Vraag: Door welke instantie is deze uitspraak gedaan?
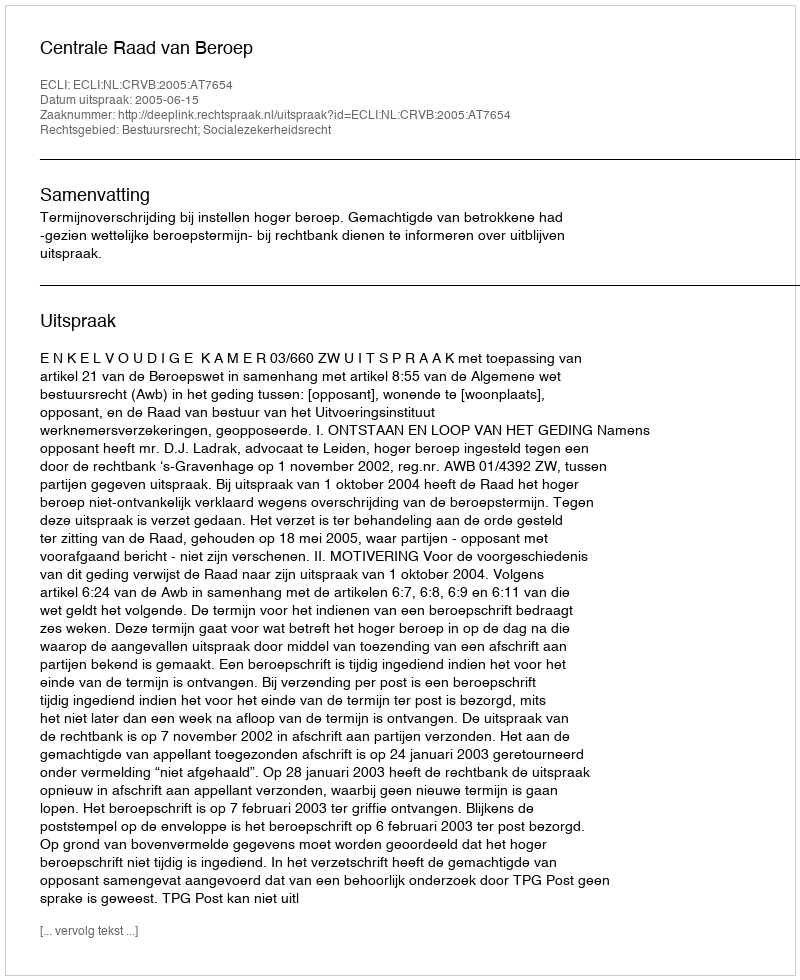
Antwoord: Centrale Raad van Beroep